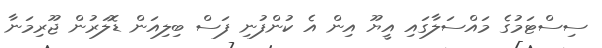
ސިސްޓަމުގެ މައްސަލާގައި އީޔޫ އިން އެ ކުންފުނި ފަސް ބިލިއަން ޑޮލަރުން ޖޫރިމަނާ